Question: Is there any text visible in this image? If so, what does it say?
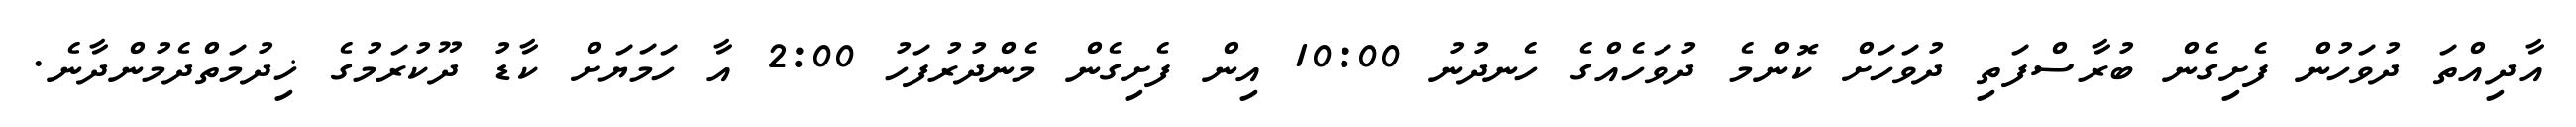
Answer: އާދިއްތަ ދުވަހުން ފެށިގެން ބުރާސްފަތި ދުވަހަށް ކޮންމެ ދުވަހެއްގެ ހެނދުނު 10:00 އިން ފެށިގެން މެންދުރުފަހު 2:00 އާ ހަމަޔަށް ކާޑު ދޫކުރަމުގެ ޚިދުމަތްދެމުންދާނެ.